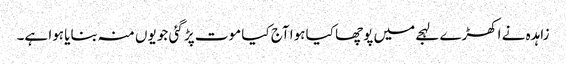
زاہدہ نے اکھڑے لہجے میں پوچھا کیا ہوا آج کیا موت پڑ گئی جو یوں منہ بنایا ہوا ہے۔